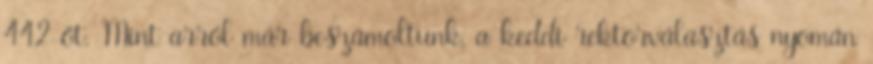
442-őt. Mint arról már beszámoltunk, a keddi rektorválasztás nyomán